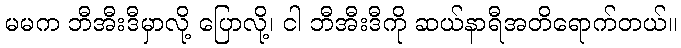
မမက ဘီအီးဒီမှာလို့ ပြောလို့၊ ငါ ဘီအီးဒီကို ဆယ်နာရီအတိရောက်တယ်။